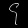
Digit: ၄